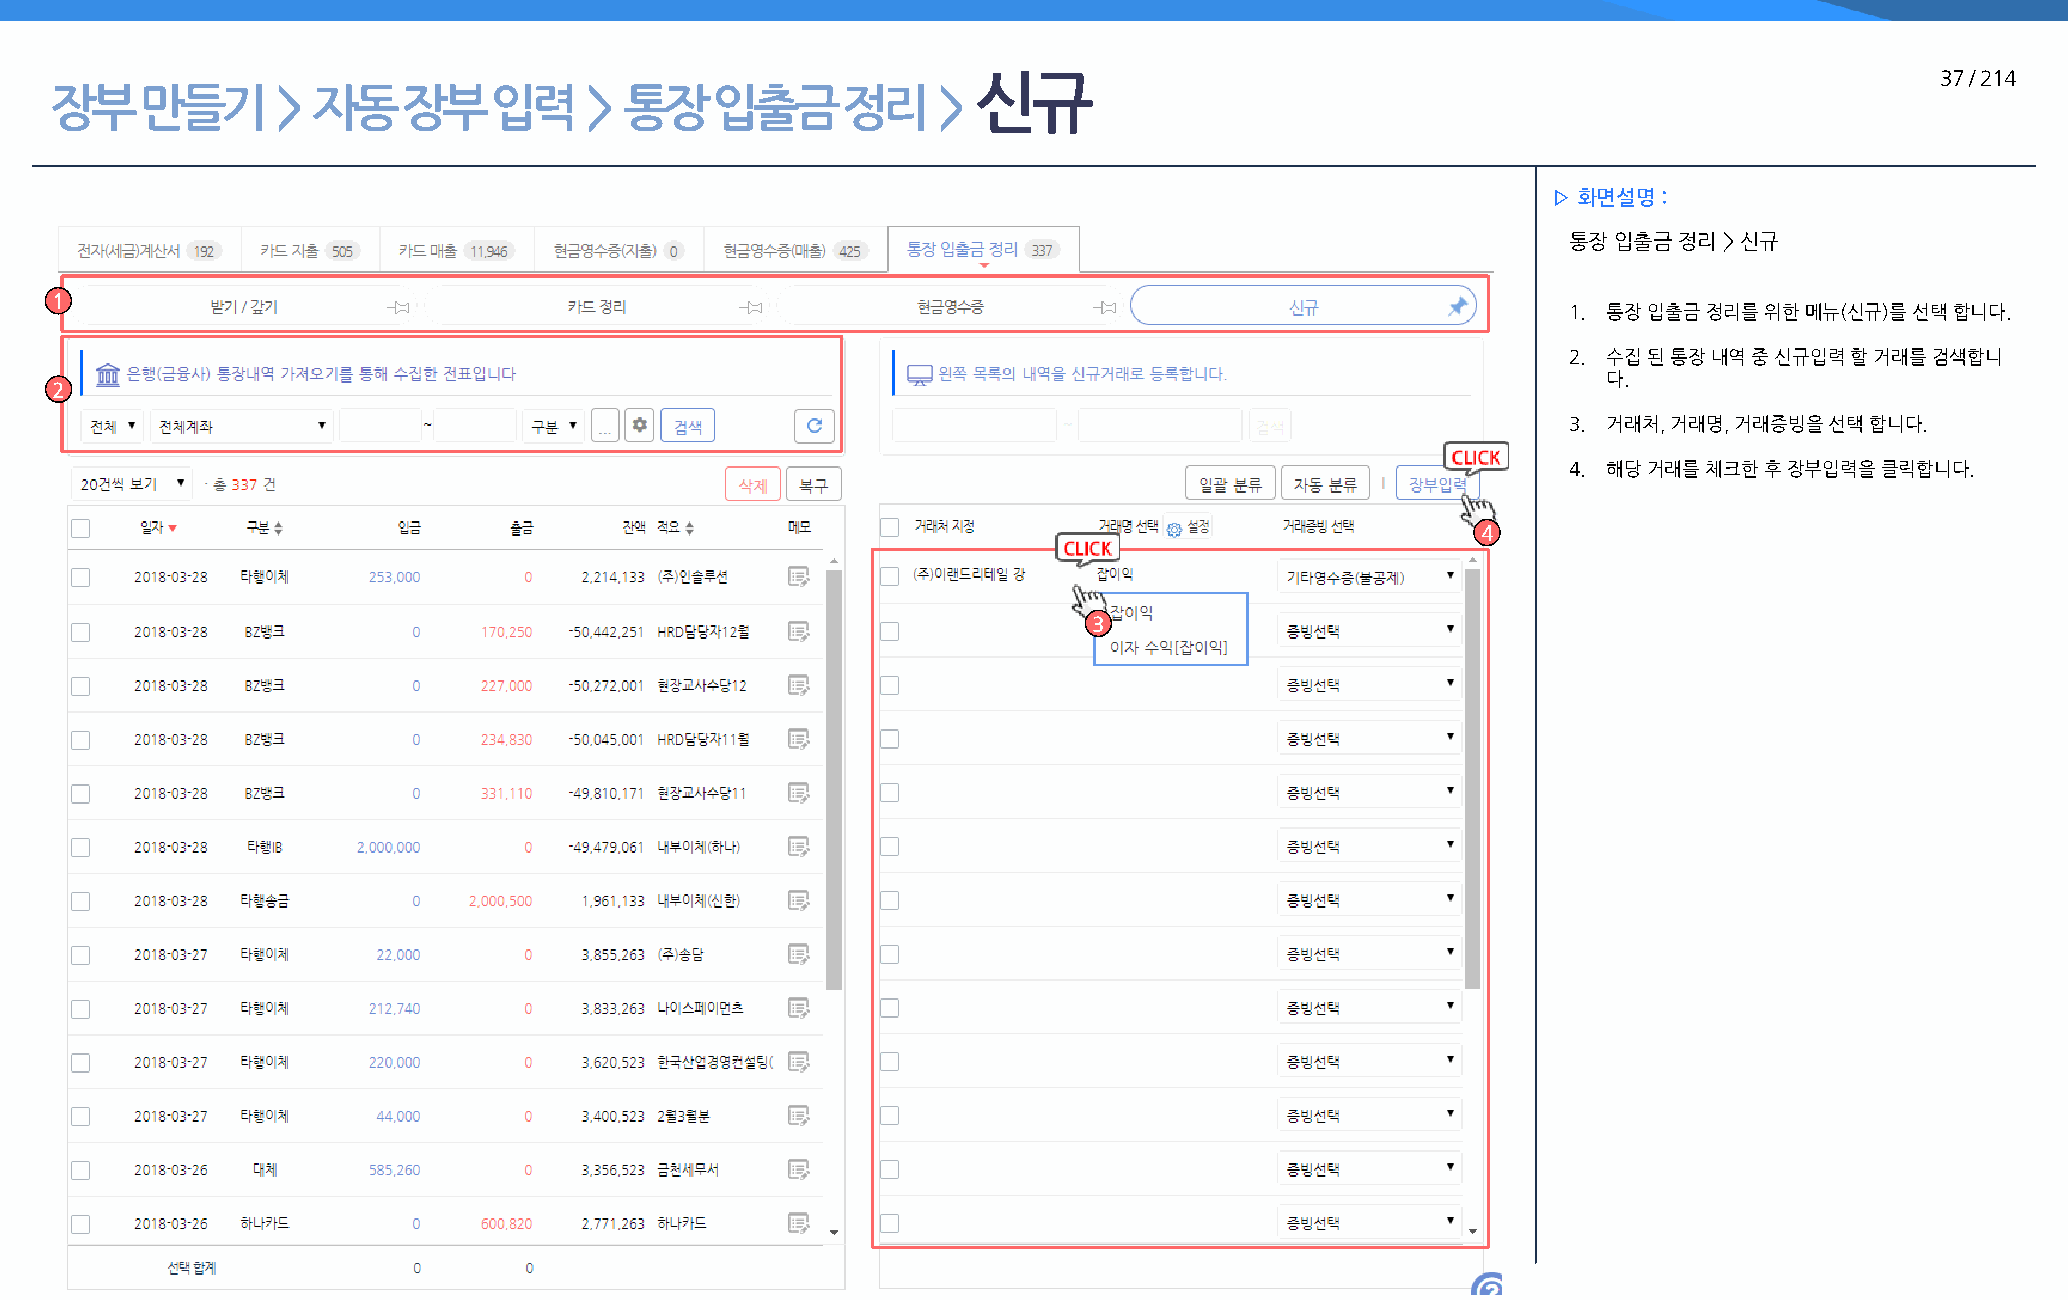
신규                                                             37 / 214
 장부    만들기      >  자동    장부   입력     > 통장    입출금      정리    >
 ▷ 화면설명 :
 통장 입출금 정리 > 신규
 1
 1. 통장 입출금 정리를 위한 메뉴(신규)를 선택 합니다.
 2. 수집 된 통장 내역 중 신규입력 할 거래를 검색합니
 다.
 2
 3. 거래처, 거래명, 거래증빙을 선택 합니다.
 4. 해당 거래를 체크한 후 장부입력을 클릭합니다.
 4
 3